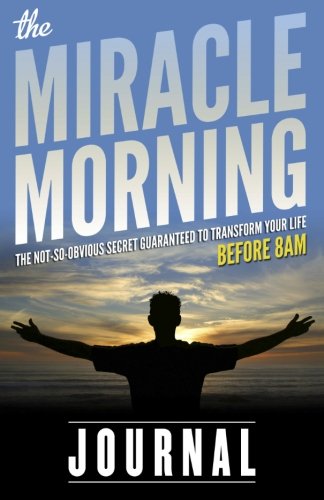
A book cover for The Miracle Morning Journal; Hal Elrod; Self-Help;